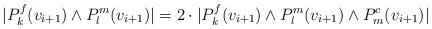
LaTeX: \begin{align*}|P^f_{k}(v_{i+1}) \wedge P^m_{l}(v_{i+1})| = 2\cdot |P^f_{k}(v_{i+1}) \wedge P^m_{l}(v_{i+1}) \wedge P^c_{m}(v_{i+1})|\end{align*}